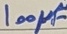
Text: 100µF